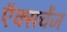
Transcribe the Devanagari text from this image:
ऍक्सचेंज